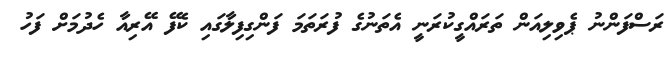
ރަސްފަންނު ޕެވިލިއަން ތަރައްގީކުރަނީ އެތަނުގެ ފުރަތަމަ ފަންގިފިލާގައި ކެފޭ އޭރިއާ ހެދުމަށް ފަހު